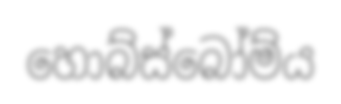
හොබ්ස්බෝම්ය